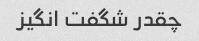
چقدر شگفت انگیز